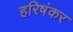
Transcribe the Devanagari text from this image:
हरिषंकर